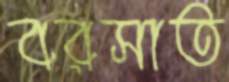
বরসাত